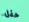
حفل